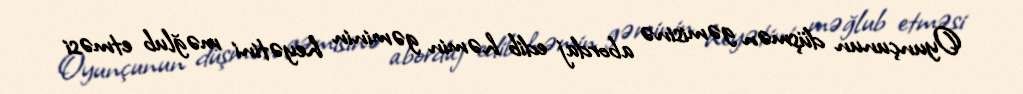
Oyunçunun düşmən gəmisinə abordaj edib həmin gəminin heyətini məğlub etməsi